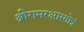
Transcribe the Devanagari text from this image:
श्रीरामरक्षास्तोत्रं